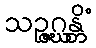
သဉ္ဇဂ္ဃန္တိံ